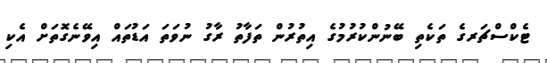
ޓެކްސްޗަރގެ ތަކެތި ބޭނުންކުރުމުގެ އިތުރުން ތަފާތު ރާގު ނުވަތަ އަޑުތައް އިވޭނެގޮތަށް އެކި